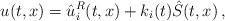
LaTeX: \begin{align*}u(t,x)=\hat u^{R}_i(t,x) + k_i(t) \hat S(t,x)\,,\end{align*}